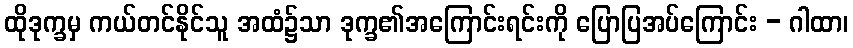
ထိုဒုက္ခမှ ကယ်တင်နိုင်သူ အထံ၌သာ ဒုက္ခ၏အကြောင်းရင်းကို ပြောပြအပ်ကြောင်း - ဂါထာ၊